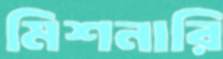
মিশনারি